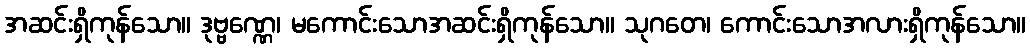
အဆင်းရှိကုန်သော။ ဒုဗ္ဗဏ္ဏေ၊ မကောင်းသောအဆင်းရှိကုန်သော။ သုဂတေ၊ ကောင်းသောအလားရှိကုန်သော။